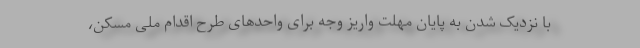
با نزدیک شدن به پایان مهلت واریز وجه برای واحدهای طرح اقدام ملی مسکن،